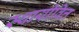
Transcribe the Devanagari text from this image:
स्थायीवित्त